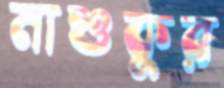
মাশুকুর